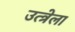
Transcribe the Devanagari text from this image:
उत्त्रेला